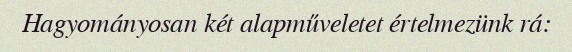
Hagyományosan két alapműveletet értelmezünk rá: